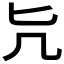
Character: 𠘩